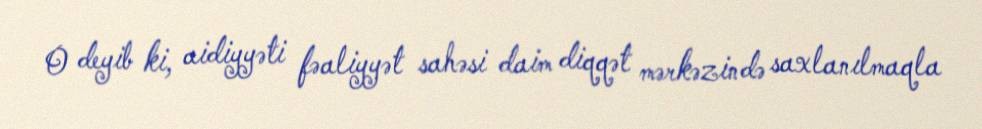
O deyib ki, aidiyyəti fəaliyyət sahəsi daim diqqət mərkəzində saxlanılmaqla